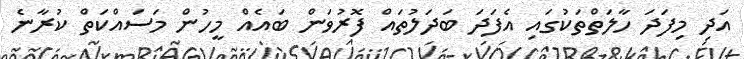
އަދި މިފަދަ ހާލަތްތަކުގައި އެފަދަ ބަދަލުތައް ފޮރުވަން ބައެއް މީހުން މަސައްކަތް ކުރާނެ